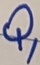
Text: Q1